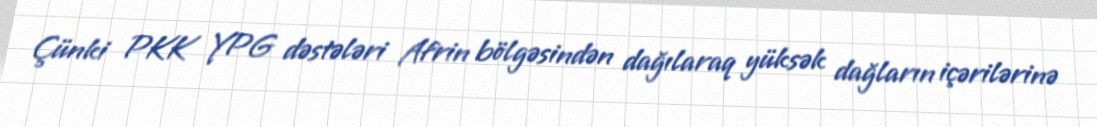
Çünki PKK YPG dəstələri Afrin bölgəsindən dağılaraq yüksək dağların içərilərinə